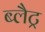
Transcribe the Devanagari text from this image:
ब्लैट्र